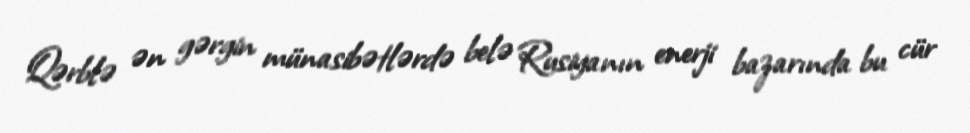
Qərblə ən gərgin münasibətlərdə belə Rusiyanın enerji bazarında bu cür